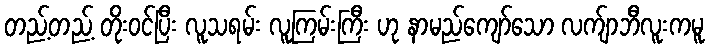
တည့်တည့် တိုးဝင်ပြီး လူသရမ်း လူကြမ်းကြီး ဟု နာမည်ကျော်သော လက်ျာဘီလူးကမူ